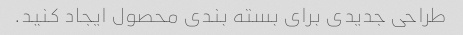
طراحی جدیدی برای بسته بندی محصول ایجاد کنید.